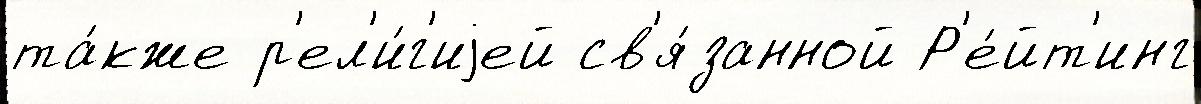
та́кже р'ел'и́г'иjей св'я́занной Р'е́йт'инг